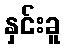
နှင်းခူ